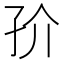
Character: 㜾